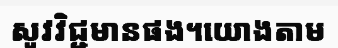
សូវវិជ្ជមានផង។យោងតាម